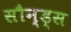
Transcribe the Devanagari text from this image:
सौन्ड्स